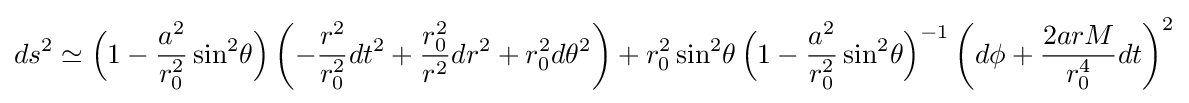
ds^{2}\simeq {\Big (}1-{\frac {a^{2}}{r_{0}^{2}}}\sin ^{2}\!\theta {\Big )}\left(-{\frac {r^{2}}{r_{0}^{2}}}dt^{2}+{\frac {r_{0}^{2}}{r^{2}}}dr^{2}+r_{0}^{2}d\theta ^{2}\right)+r_{0}^{2}\sin ^{2}\!\theta \,{\Big (}1-{\frac {a^{2}}{r_{0}^{2}}}\sin ^{2}\!\theta {\Big )}^{-1}\left(d\phi +{\frac {2arM}{r_{0}^{4}}}dt\right)^{2}